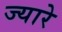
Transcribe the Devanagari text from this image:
ज्यारे